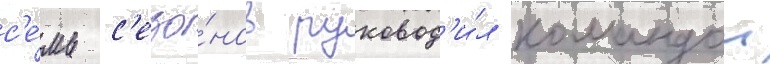
с'е́мь с'езо́нов руковод'и́л командои